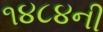
૧૪૮૪ની